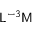
{ \mathsf { L } } ^ { - 3 } { \mathsf { M } }